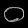
Digit: ၀